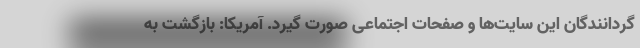
گردانندگان این سایت‌ها و صفحات اجتماعی صورت گیرد. آمریکا: بازگشت به